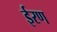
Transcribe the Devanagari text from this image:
ईरण